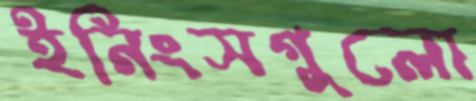
ইনিংসগুলো